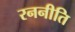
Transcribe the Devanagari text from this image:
रननीति